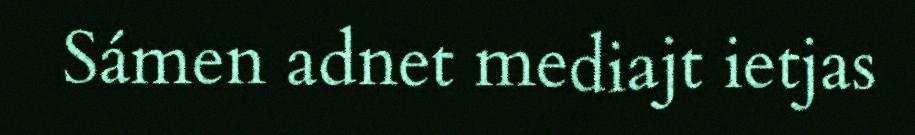
Sámen adnet mediajt ietjas